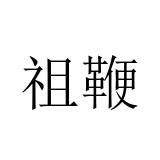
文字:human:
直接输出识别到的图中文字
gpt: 祖鞭